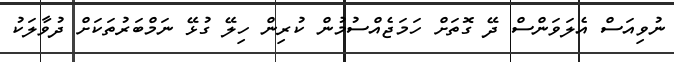
ނުވިއަސް އެލަވަންސް ދޭ ގޮތަށް ހަމަޖެއްސުމުން ކުރިން ހިލޭ ގުޅޭ ނަމްބަރުތަކަށް ދުވާލަކު